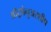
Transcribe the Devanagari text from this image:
आँट्रप्रेनुअरशीप